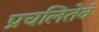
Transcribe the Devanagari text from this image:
प्रचलितेवं